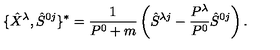
\{ \hat { X } ^ { \lambda } , \hat { S } ^ { 0 j } \} ^ { * } = \frac { 1 } { P ^ { 0 } + m } \left( \hat { S } ^ { \lambda j } - \frac { P ^ { \lambda } } { P ^ { 0 } } \hat { S } ^ { 0 j } \right) .